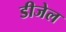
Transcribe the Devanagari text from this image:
डीजेल